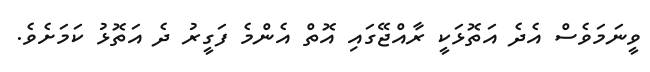
ވީނަމަވެސް އެދެ އަތޮޅަކީ ރާއްޖޭގައި އޮތް އެންމެ ފަގީރު ދެ އަތޮޅު ކަމަށެވެ.